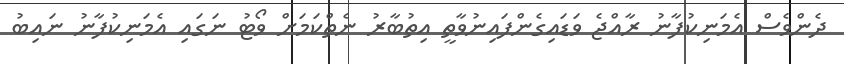
ދެންވެސް އެމަނިކުފާނު ރާއްޖެ ވަޑައިގެންފައިނުވާތީ އިތުބާރު ނެތްކަމަށް ވޯޓު ނަގައި އެމަނިކުފާނު ނައިބު